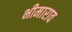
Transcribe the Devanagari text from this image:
भीमाराव